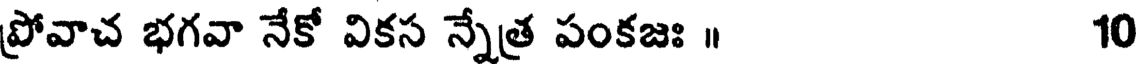
ప్రోవాచ భగవా నేకో వికస న్నేత్ర పంకజః ॥ 10